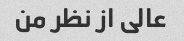
عالی از نظر من